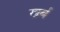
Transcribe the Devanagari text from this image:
खर्ब